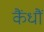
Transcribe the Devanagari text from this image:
कैंधौं